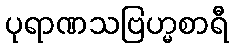
ပုရာဏသဗြဟ္မစာရီ